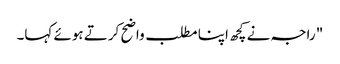
" راجہ نے کچھ اپنا مطلب واضح کرتے ہوئے کہا۔